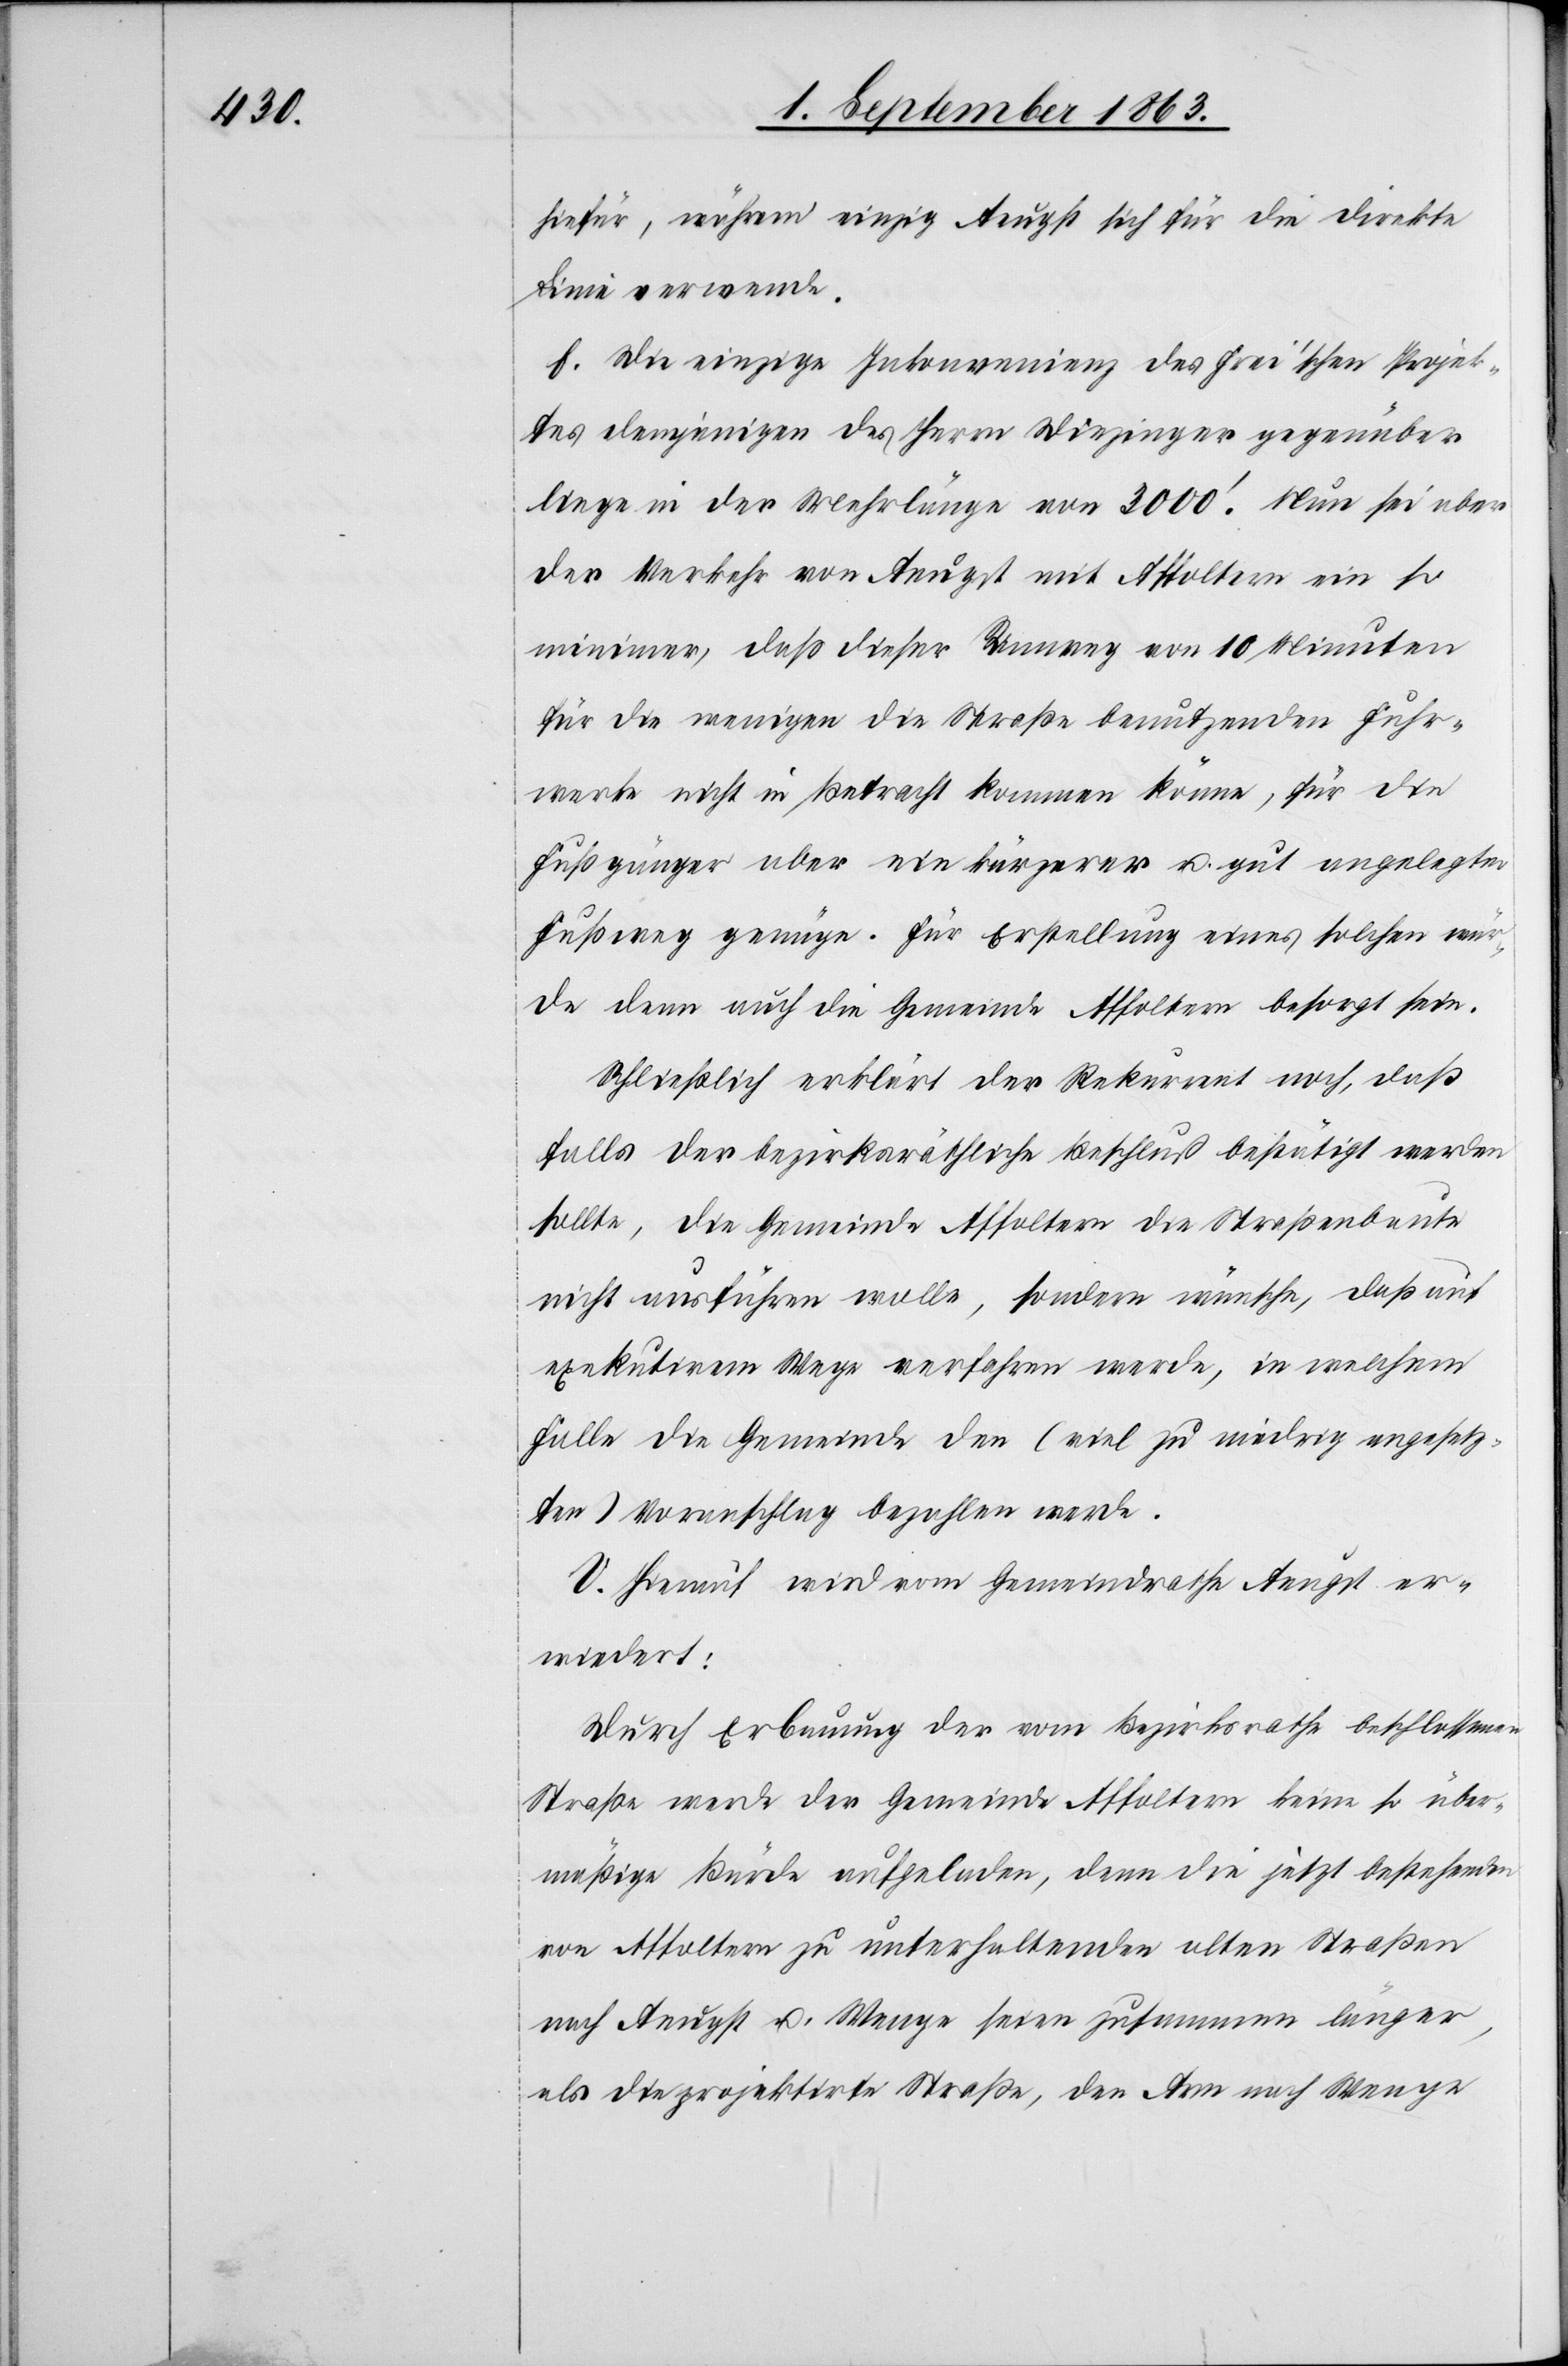
hiefür, während einzig Aeugst sich für die direkte
Linie verwende.
f. Die einzige Inkonvenienz des Frei'schen Projek¬
tes demjenigen des Herrn Diezinger gegenüber
liege in der Mehrlänge von 3000'. Nun sei aber
der Verkehr von Aeugst mit Affoltern ein so
minimer, daß dieser Umweg von 10 Minuten
für die wenigen die Straße benutzenden Fuhr¬
werke nicht in Betracht kommen könne, für die
Fußgänger aber ein kürzerer u. gut angelegter
Fußweg genüge. Für Erstellung eines solchen wür¬
de dann auch die Gemeinde Affoltern besorgt sein.
Schließlich erklärt der Rekurrent noch, daß
falls der bezirksräthliche Beschluß bestätigt werden
sollte, die Gemeinde Affoltern die Straßenbaute
nicht ausführen wolle, sondern wünsche, daß auf
exekutivem Wege verfahren werde, in welchem
Falle die Gemeinde den (viel zu niedrig angesetz¬
ten) Voranschlag bezahlen werde.
V. Hierauf wird vom Gemeindrathe Aeugst er¬
wiedert:
Durch Erbauung der vom Bezirksrathe beschlossenen
Straße werde der Gemeinde Affoltern keine so über¬
mäßige Bürde aufgeladen, denn die jetzt bestehenden
von Affoltern zu unterhaltenden alten Straßen
nach Aeugst u. Wenge seien zusammen länger,
als die projektirte Straße, den Arm nach Wenge